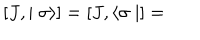
\left[ J , \mid \sigma \rangle \right] = \left[ J , \langle \sigma \mid \right] =